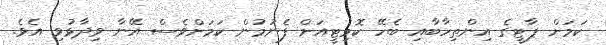
ކަމަށް ޕާޓީގެ އިންތިހާބާއި ބެހޭ ކޮމިޓީއަށް ފެނުމުން ކަމަށްވެސް އޭނާ ވިދާޅުވި އެވެ.